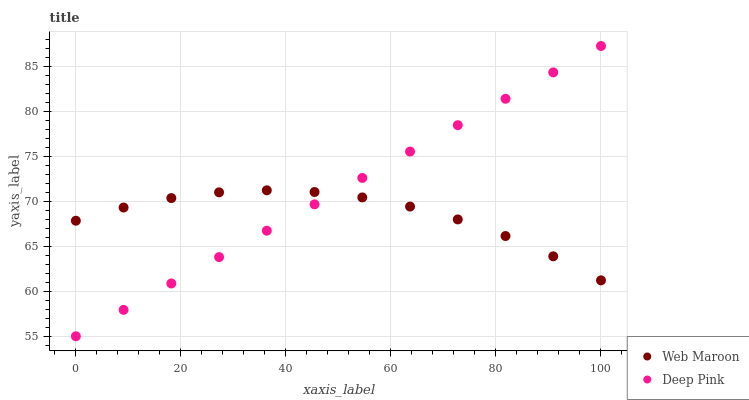
| xaxis_label | Web Maroon | Deep Pink |
 | --- | --- | --- |
 | 0 | 67.8 | 55 |
 | 9.09 | 69.3 | 57.9 |
 | 18.2 | 70.4 | 60.9 |
 | 27.3 | 71 | 63.8 |
 | 36.4 | 71.2 | 66.7 |
 | 45.5 | 71 | 69.7 |
 | 54.5 | 70.4 | 72.6 |
 | 63.6 | 69.4 | 75.5 |
 | 72.7 | 68 | 78.5 |
 | 81.8 | 66.1 | 81.4 |
 | 90.9 | 63.9 | 84.3 |
 | 100 | 61.2 | 87.3 |